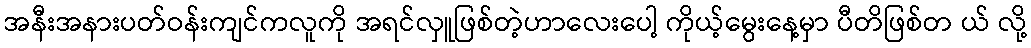
အနီးအနားပတ်ဝန်းကျင်ကလူကို အရင်လှူဖြစ်တဲ့ဟာလေးပေါ့ ကိုယ့်မွေးနေ့မှာ ပီတိဖြစ်တ ယ် လို့